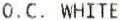
O.C. WHITE